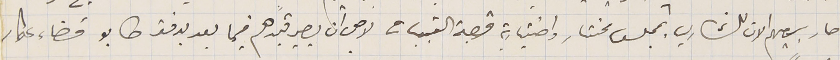
صار بيعهم الان للشاري بمجلس مختار واختيارية قصبة القبيات لاجل ان يصير قيدهم فيما بعد بدفتر طابو قضاء عكار